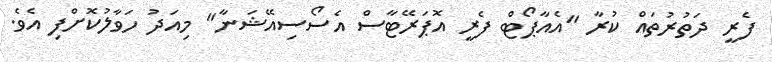
ފެރީ ދަތުރުތައް ކުރާ "އެއާޕޯޓް ފެރީ އޮޕަރޭޓާސް އެސޯސިއޭޝަނާ" މިއަދު ހަވާލުކޮށްފި އެވެ.